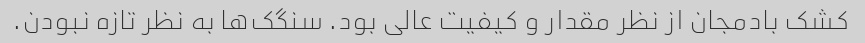
کشک بادمجان از نظر مقدار و کیفیت عالی بود. سنگک‌ها به نظر تازه نبودن.